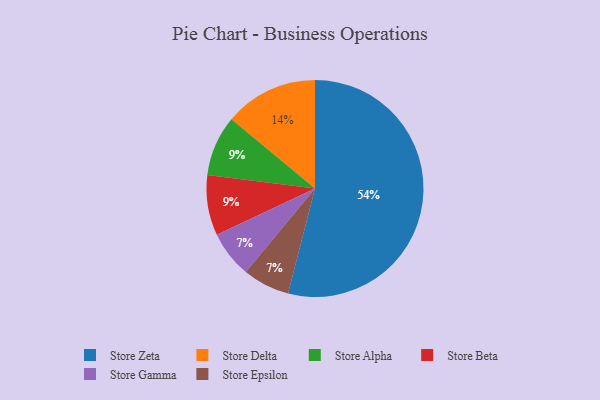
{"axis": {"x": "Category", "y": "Percentage"}, "legend": ["Store Alpha", "Store Beta", "Store Delta", "Store Epsilon", "Store Gamma", "Store Zeta"], "data": [{"x": "Store Alpha", "y": 9, "type": "Store Alpha"}, {"x": "Store Gamma", "y": 7, "type": "Store Gamma"}, {"x": "Store Zeta", "y": 54, "type": "Store Zeta"}, {"x": "Store Beta", "y": 9, "type": "Store Beta"}, {"x": "Store Delta", "y": 14, "type": "Store Delta"}, {"x": "Store Epsilon", "y": 7, "type": "Store Epsilon"}]}